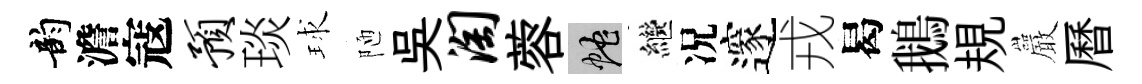
韵澹寇预琰球陋吳淘蓉蛇繼况邃戎曷鵝規巖曆